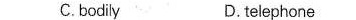
C.bodily b. telephona